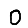
Digit: 0